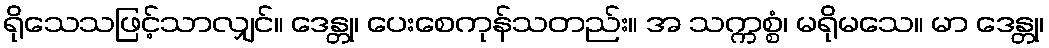
ရိုသေသဖြင့်သာလျှင်။ ဒေန္တု၊ ပေးစေကုန်သတည်း။ အ သက္ကစ္စံ၊ မရိုမသေ။ မာ ဒေန္တု၊